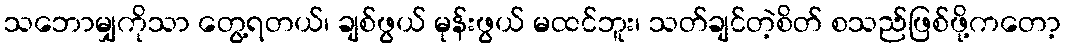
သဘောမျှကိုသာ တွေ့ရတယ်၊ ချစ်ဖွယ် မုန်းဖွယ် မထင်ဘူး၊ သတ်ချင်တဲ့စိတ် စသည်ဖြစ်ဖို့ကတော့